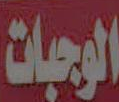
الوجبات